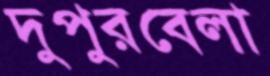
দুপুরবেলা